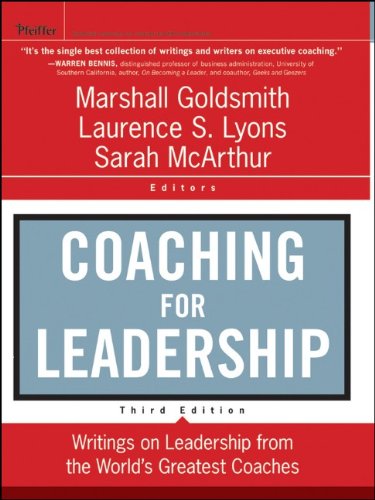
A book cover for Coaching for Leadership: Writings on Leadership from the World's Greatest Coaches; Marshall Goldsmith; Business & Money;